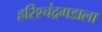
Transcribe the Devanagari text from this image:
हरिश्चंद्रगडाला